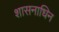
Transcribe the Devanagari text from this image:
शासनाधिन